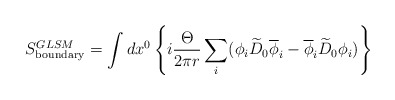
\begin{align*}S^{GLSM}_{\rm boundary}= \int dx^0\left\{ i{\Theta\over{2\pi r}}\sum_i (\phi_i \widetilde{D}_0\overline{\phi}_i - \overline{\phi}_i\widetilde{D}_0 \phi_i)\right\}\end{align*}